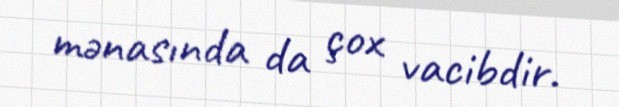
mənasında da çox vacibdir.